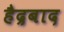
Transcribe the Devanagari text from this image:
हैद्रबाद